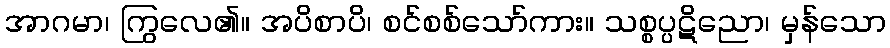
အာဂမာ၊ ကြွလေ၏။ အပိစာပိ၊ စင်စစ်သော်ကား။ သစ္စပ္ပဋိညော၊ မှန်သော